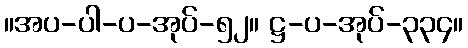
။အပ-ပါ-ပ-အုပ်-၅၂။ ဋ္ဌ-ပ-အုပ်-၃၃၄။